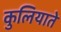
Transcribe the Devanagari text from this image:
कुलियाते